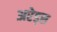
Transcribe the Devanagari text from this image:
अरेड्स